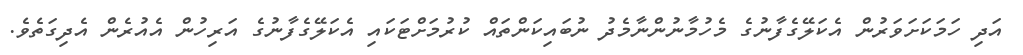
އަދި ހަމަކަށަވަރުން އެކަލޭގެފާނުގެ މެހުމާނުންނާމެދު ނުބައިކަންތައް ކުރުމަށްޓަކައި އެކަލޭގެފާނުގެ އަރިހުން އެއުރެން އެދިގަތެވެ.